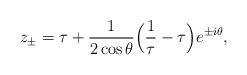
LaTeX: \begin{align*} z_{\pm} = \tau + \frac{1}{2 \cos\theta} \Big(\frac{1}{\tau} - \tau\Big) e^{\pm i \theta}, \end{align*}